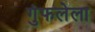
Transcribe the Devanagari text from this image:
गुंफलेला